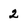
Character: 2